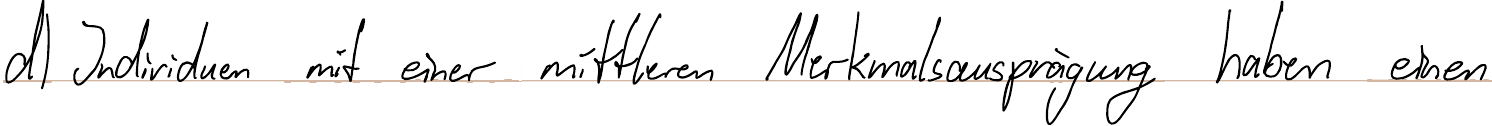
d) Individuen mit einer mittleren Merkmalsausprägung haben einen